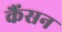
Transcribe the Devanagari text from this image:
कैंसन